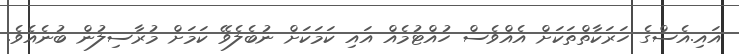
އައި.އެސްގެ ހަރަކާތްތަކަށް އެއްވެސް ހުއްޓުމެއް އައި ކަމަކަށް ނުބެލެވޭ ކަމަށް މުރާސިލުން ބުނެއެވެ.